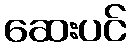
ဆေးပင်